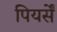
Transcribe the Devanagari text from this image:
पियर्सें